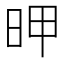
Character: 𰕻